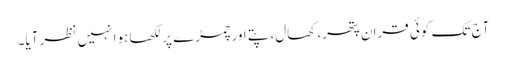
آج تک کوئی قران پتھر، کھال، پتے اور چمڑے پر لکھا ہوا نہیں نظر آیا۔